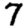
Digit: 7